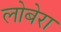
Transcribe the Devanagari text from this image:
लोबेरा